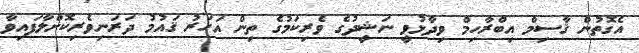
އެގޮތުން ޤާސިމް އިބްރާހިމް ވިދާޅުވީ ނަޝީދުގެ ވެރިކަމުގެ ތިން އަހަރު ޤައުމު ދަރަނިވެރިކޮށްލާފައިވާ